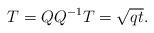
LaTeX: \begin{align*} T = Q Q^{-1} T = \sqrt{qt}.\end{align*}